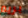
بريم